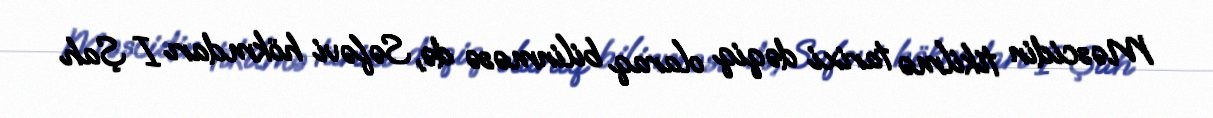
Məscidin tikilmə tarixi dəqiq olaraq bilinməsə də, Səfəvi hökmdarı I Şah